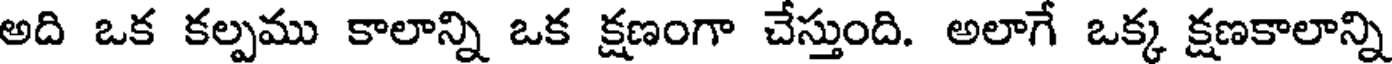
అది ఒక కల్పము కాలాన్ని ఒక క్షణంగా చేస్తుంది. అలాగే ఒక్క క్షణకాలాన్ని